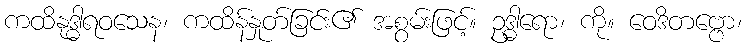
ကထိနုဒ္ဓါရဝသေန၊ ကထိန်နှုတ်ခြင်း၏ အစွမ်းဖြင့်။ ဥဒ္ဓါရော၊ ကို။ ဝေဒိတဗ္ဗော၊